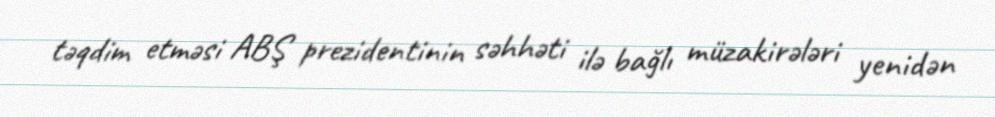
təqdim etməsi ABŞ prezidentinin səhhəti ilə bağlı müzakirələri yenidən